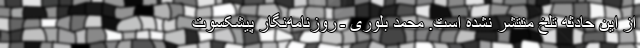
از این حادثه تلخ منتشر نشده است. محمد بلوری ـ روزنامه‌نگار پیشکسوت